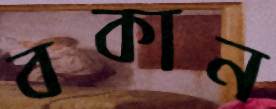
বকান